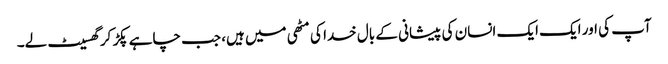
آپ کی اور ایک ایک انسان کی پیشانی کے بال خدا کی مٹھی میں ہیں، جب چاہے پکڑ کر گھسیٹ لے۔